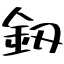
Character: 釼